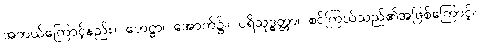
အဘယ်ကြောင့်နည်း။ ဟေဋ္ဌာ၊ အောက်၌။ ပရိသုဒ္ဓတ္တာ၊ စင်ကြယ်သည်၏အဖြစ်ကြောင့်။